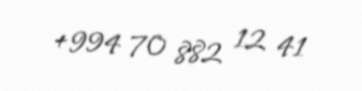
+994 70 882 12 41